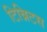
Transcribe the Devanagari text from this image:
टिन्निटस